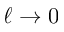
\ell \to 0